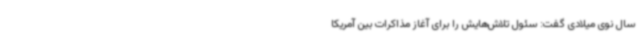
سال نوی میلادی گفت: سئول تلاش‌هایش را برای آغاز مذاکرات بین آمریکا